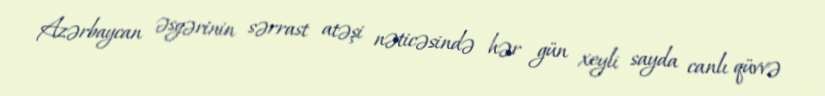
Azərbaycan əsgərinin sərrast atəşi nəticəsində hər gün xeyli sayda canlı qüvvə